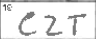
Transcription: CZT